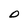
Character: O